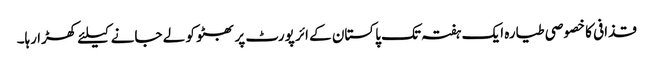
قذافی کا خصوصی طیارہ ایک ہفتہ تک پاکستان کے ائر پورٹ پر بھٹو کو لے جانے کیلئے کھڑا رہا۔